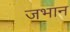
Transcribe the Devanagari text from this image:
जभान